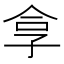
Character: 𪦻